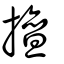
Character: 擅